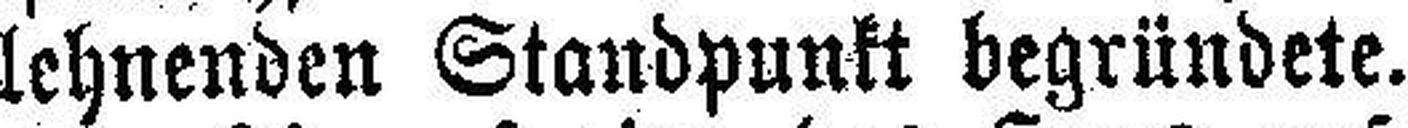
lehnenden Standpunkt begründete.